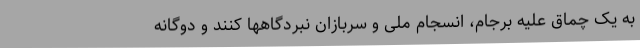
به یک چماق علیه برجام، انسجام ملی و سربازان نبردگاهها کنند و دوگانه